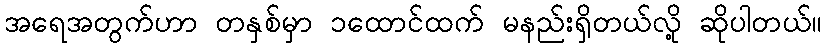
အရေအတွက်ဟာ တနှစ်မှာ ၁ထောင်ထက် မနည်းရှိတယ်လို့ ဆိုပါတယ်။